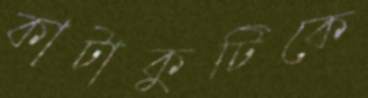
কাটাকুটিকে